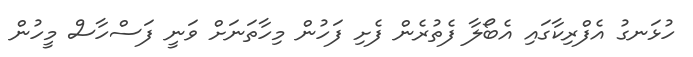
ހުޅަނގު އެފްރިކާގައި އެބޯލާ ފެތުރެން ފެށި ފަހުން މިހާތަނަށް ވަނީ ފަސްހާސް މީހުން